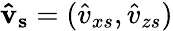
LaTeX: \mathbf{\hat{v}_{s}}=(\hat{v}_{xs},\hat{v}_{zs})